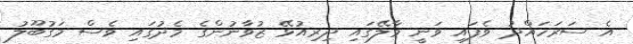
އެ ސަރަހައްދު ވެފައި ވަނީ މާލޭގައި ދިރިއުޅޭ ޒުވާނުންގެ މެދުގައި ވެސް މަގުބޫލު